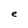
Character: e